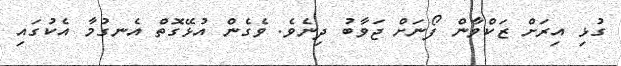
ގުޅި އިރަށް ޒަކްވާން ފޯނަށް ޖަވާބު ދިނެވެ. ވެގެން އުޅޭގޮތް އެނގުމާ އެކުގައި